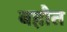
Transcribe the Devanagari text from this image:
बहौत